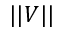
| | V | |